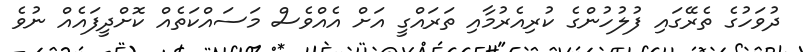
ދުވަހުގެ ތެރޭގައި ފުލުހުންގެ ކުރިއެރުމާއި ތަރައްގީ އަށް އެއްވެސް މަސައްކަތެއް ކޮށްދީފައެއް ނުވެ